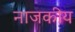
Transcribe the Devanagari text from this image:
नाजकीय